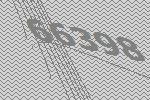
66398